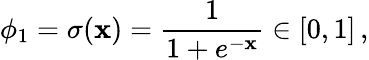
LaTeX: \phi_{1}=\sigma(\mathbf{x})=\frac{{1}}{{1+e^{-\mathbf{x}}}}\in[0,1]\, ,